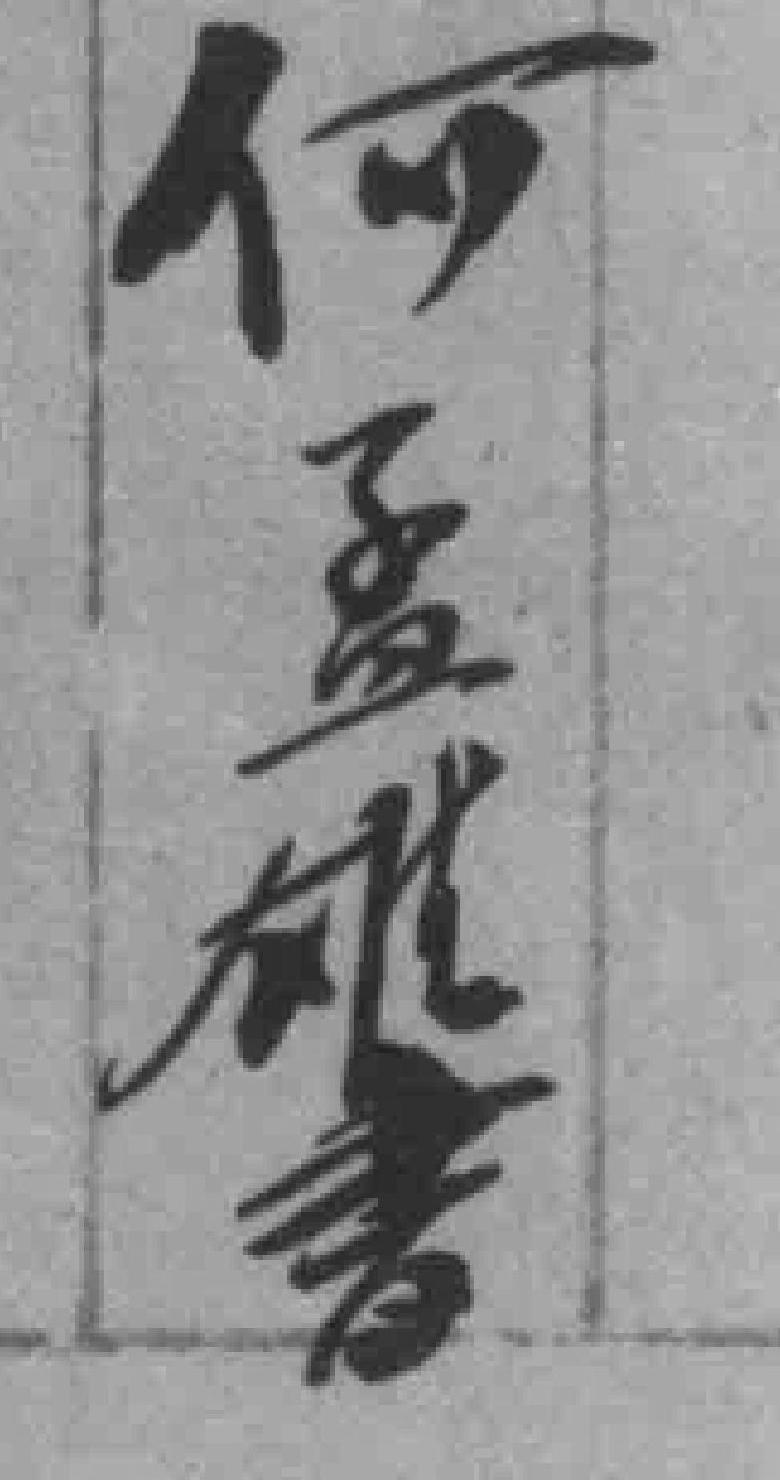
何孟雄書